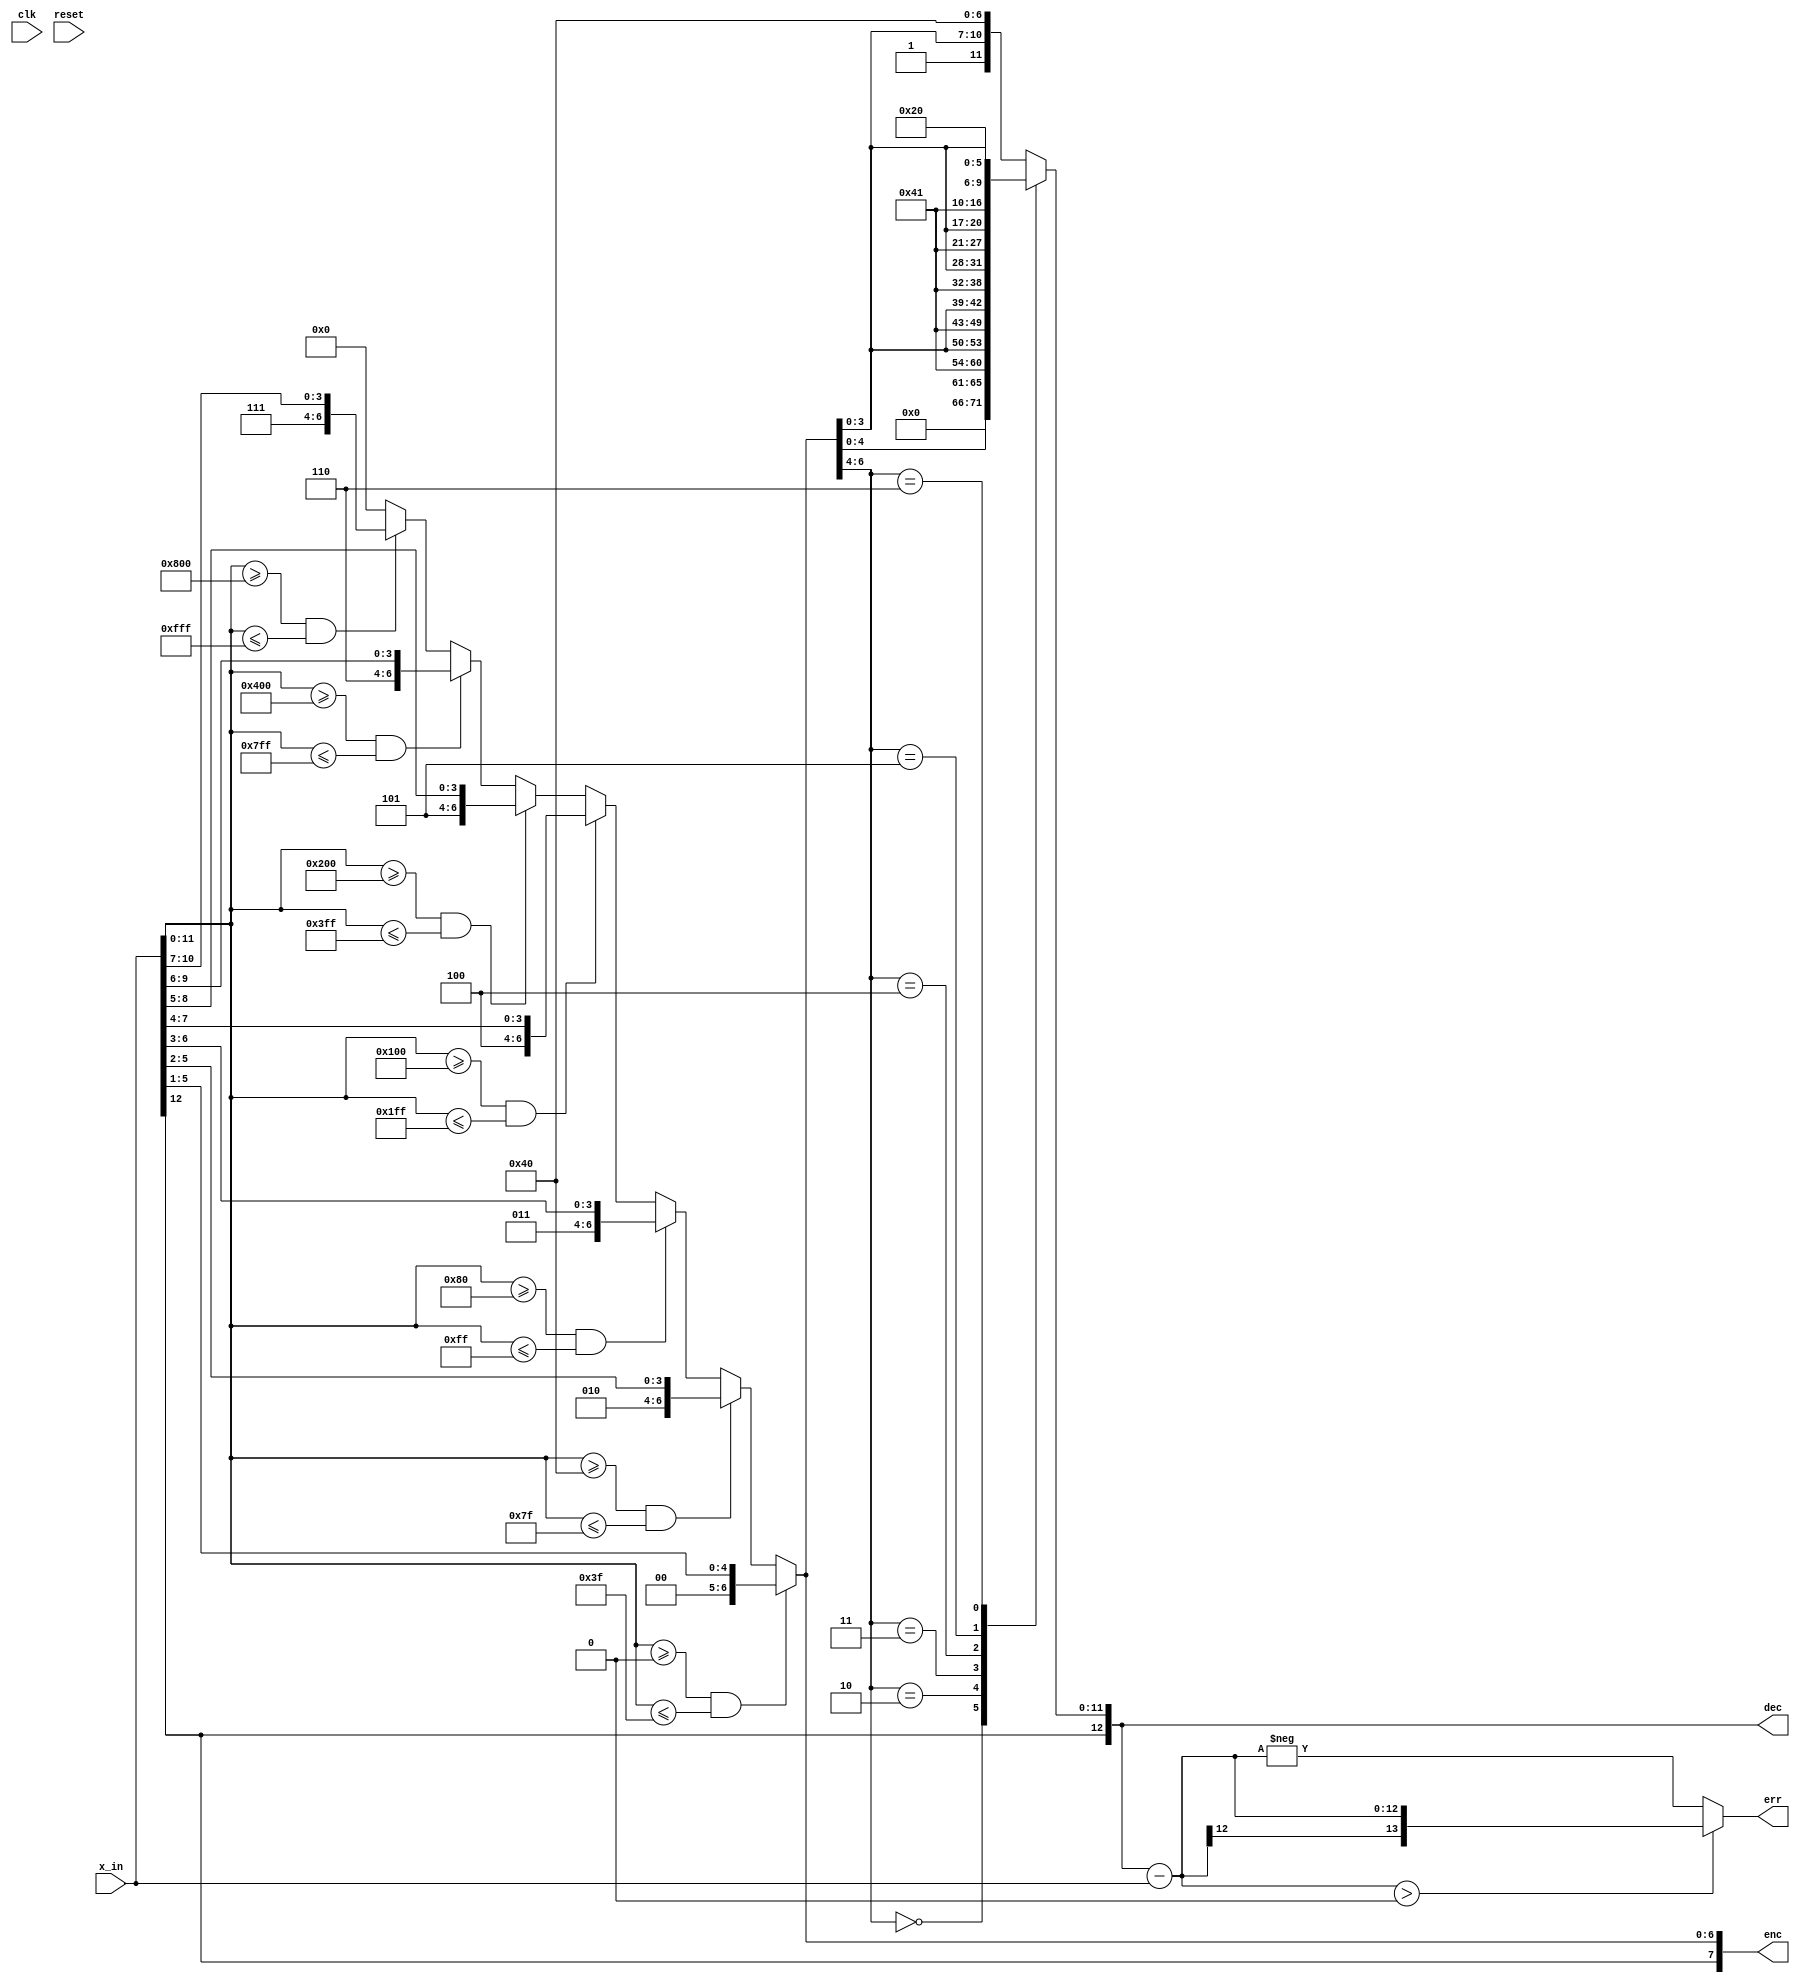
//*********************************************************
// IEEE STD 1364-2001 Verilog file: cmoms.v 
// Author-EMAIL: Uwe.Meyer-Baese@ieee.org
//*********************************************************
// G711 includes A and mu-law coding for speech signals:
//  A ~= 87.56; |x|<= 4095, i.e., 12 bit plus sign
//  mu~=255; |x|<=8160, i.e., 14 bit
// --------------------------------------------------------
module g711alaw #(parameter WIDTH = 13)  // Bit width
  (input clk,                 // System clock
   input reset,               // Asynchron reset
   input signed [12:0] x_in, // System input 
   output reg signed [7:0] enc,     //  Encoder output
   output reg signed [12:0] dec,// Decoder output
   output signed [13:0] err);  // Error of results
// --------------------------------------------------------
  wire s;
  wire signed [12:0] x; // Auxiliary vectors
  wire signed [12:0] dif;  
// --------------------------------------------------------  
  assign s = x_in[WIDTH -1]; // sign magnitude not 2C!
  assign x = {1'b0,x_in[WIDTH-2:0]};                  
  assign dif = dec - x_in;  // Difference
  assign err = (dif>0)? dif : -dif; // Absolute error 
// --------------------------------------------------------
  always @*
  begin : Encode      // Mini floating-point format encoder
    if ((x>=0) && (x<=63)) 
      enc <= {s,2'b00,x[5:1]}; // segment 1
    else  if ((x>=64) && (x<=127))
      enc <= {s,3'b010,x[5:2]}; // segment 2
    else  if ((x>=128) && (x<=255)) 
      enc <= {s,3'b011,x[6:3]}; // segment 3
    else  if ((x>=256) && (x<=511)) 
      enc <= {s,3'b100,x[7:4]}; // segment 4
    else  if ((x>=512) && (x<=1023)) 
      enc <= {s,3'b101,x[8:5]}; // segment 5
    else  if ((x>=1024) && (x<=2047)) 
      enc <= {s,3'b110,x[9:6]}; // segment 6
    else  if ((x>=2048) && (x<=4095))
      enc <= {s,3'b111,x[10:7]}; // segment 7
    else  enc <= {s,7'b0000000}; // + or - 0
  end
// --------------------------------------------------------  
  always @*
  begin  : Decode // Mini floating point format decoder
    case (enc[6:4])
      3'b000  : dec <= {s,6'b000000,enc[4:0],1'b1};
      3'b010  : dec <= {s,6'b000001,enc[3:0],2'b10};
      3'b011  : dec <= {s,5'b00001,enc[3:0],3'b100};
      3'b100  : dec <= {s,4'b0001,enc[3:0],4'b1000};
      3'b101  : dec <= {s,3'b001,enc[3:0],5'b10000};
      3'b110  : dec <= {s,2'b01,enc[3:0],6'b100000};
      default : dec <= {s,1'b1,enc[3:0],7'b1000000};
    endcase
  end
             
endmodule